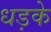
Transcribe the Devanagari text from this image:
धड़के